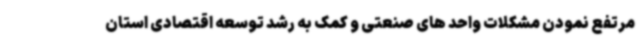
مرتفع نمودن مشکلات واحد های صنعتی و کمک به رشد توسعه اقتصادی استان